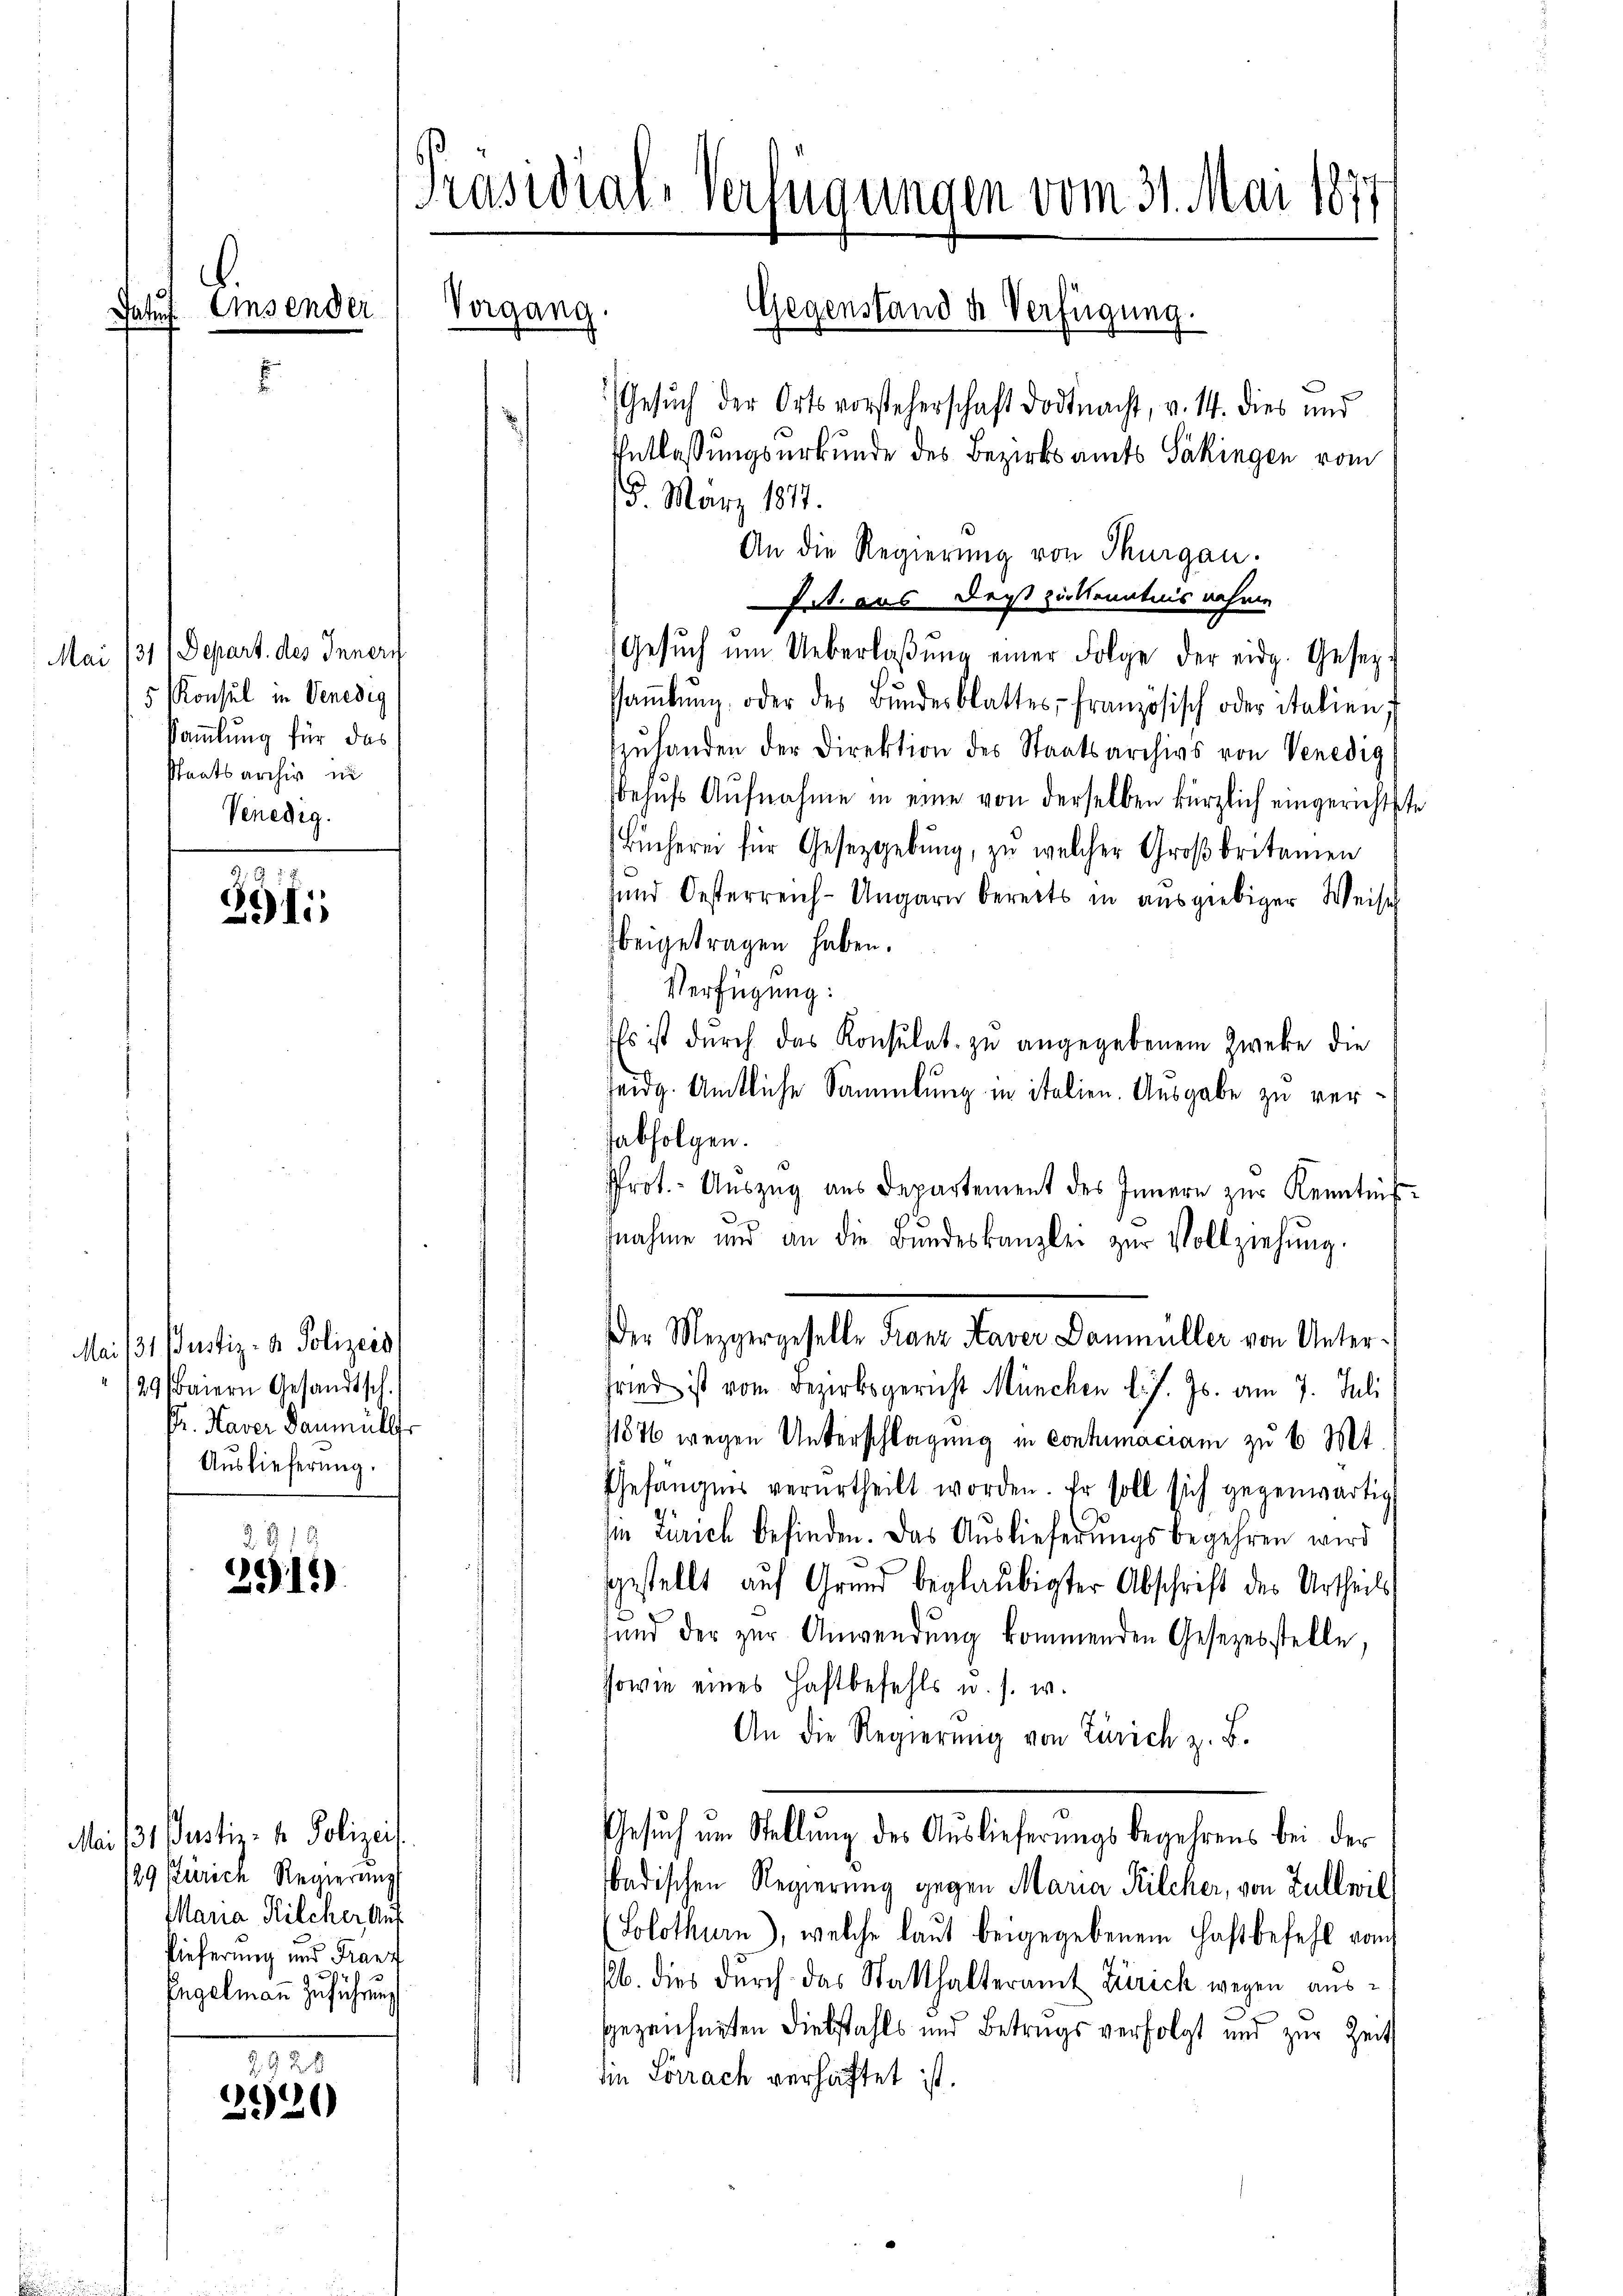
.
Satus. Einsender

371 Depart. des Innern
Mai
15 Konsul in Venedig
Sammlung für das
staatsarchiv in
Venedig.

291)

Mai 13. Justiz- u. Polizeis
/29 Baiern Gesandtsch.
r. Haver danmüller
Auslieferung.

2. 3.
291)

Mai 131. Justiz- & Polizei.
Zürich Reinerung
29
Maria Kilcher Auf
Lieferung und Franz
Engelmann Zuführung

928
2520

Präsidial-Verlegungen vom 31. Mai 1877
Vergang
Gegenstand u. Verfügung.

15 März 1817.
An die Regierung von Thurgau.
hat aus derst zur Kenntnis nahme
Gesŭch ŭm Ueberlaβŭng einer Folge der eidg. Gesezsaṁlŭng, oder des Bŭndesblattes französisch oder italien;
zŭhanden der Direktion des Staatsarchivs von Venedig
behufs Aufnahme in eine von derselben kürzlich eingerichtste
Bücheren für Gesetzgebung, zŭ welcher Großbritamen
und Oesterreich-Ungarn bereits in ausgiebiger Weise
beigetragen haben.
Verfügung:
Es ist dŭrch das Konsulat zu angegebenem Zweke die
eidg. Amtliche Sammlung in italien. Ausgabe zu verabfolgen.
Prot. - Auszug aus Departement des Innern zur Kenntniß¬
.
snahme und an die Bŭndeskanzlei zŭr Vollziehung.
Der Mezgergeselle Franz Kaver Daumüller von Unter¬
Fried ist vom Bezirksgericht München l. J. Js. am 7. Juli
11876 wegen Unterschlagung in contumaciam zu 6 Mt.
Gefängnis verurtheilt worden. Er soll sich gegenwärtig
zu Zürich befinden. Das Auslieferŭngsbegehren wird
gestellt auf Grund beglaubigter Abschrift des Urtheils
h
und der zur Anwendung kommenden Gesezesstelle,
sowie eines Haftbefehls u. s. w.
An die Regierŭng von Zürich z. B.
Gesŭch im Stellŭng des Aŭslieferŭngsbegehrens bei der
badischen Regierung gegen Maria Kilcher, von Züllerl
(Solothurn), welche laut beigegebenem Haftbefehl vom
16. dies durch das Statthalteramt Zürich wegen ausgezeichneten Diebstahls und Betrugs verfolgt und zur Zeit
iin Lörrach verhaftet ist.

Gesuch der Ortsvorsteherschaft Dodtnacht, v. 14. dies und
Entlassungsurkunde des Bezirksamts Säkingen vom